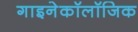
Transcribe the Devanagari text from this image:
गाइनेकॉलॉजिक